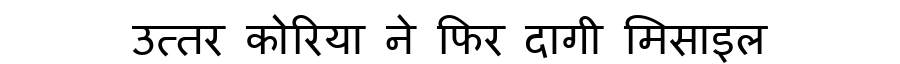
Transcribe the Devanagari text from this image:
उत्तर कोरिया ने फिर दागी मिसाइल